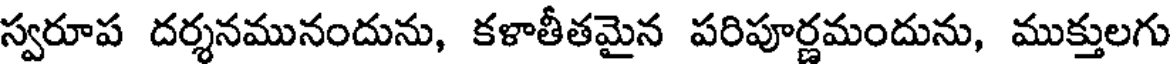
స్వరూప దర్శనమునందును, కళాతీతమైన పరిపూర్ణమందును, ముక్తులగు